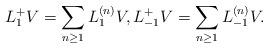
LaTeX: \begin{align*} L_{1}^{+} V=\sum_{n\ge 1}L_{1}^{(n)}V,L_{-1}^{+}V=\sum_{n\ge1}L_{-1}^{(n)}V.\end{align*}